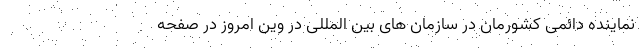
نماینده دائمی کشورمان در سازمان های بین المللی در وین امروز در صفحه